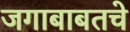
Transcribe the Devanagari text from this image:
जगाबाबतचे